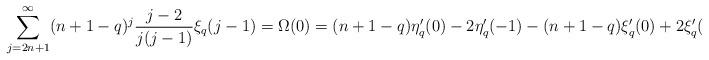
LaTeX: \begin{align*}\sum_{j=2n+1}^\infty (n+1-q)^j\frac{j-2}{j(j-1)}\xi_q(j-1)=\Omega(0)=(n+1-q)\eta_q'(0)-2 \eta_q'(-1)-(n+1-q)\xi_q'(0)+2\xi_q'(-1).\end{align*}